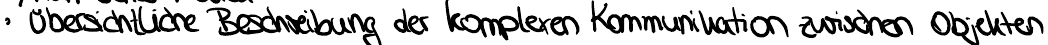
Übersichtliche Beschreibung der komplexen Kommunikation zwischen Objekten